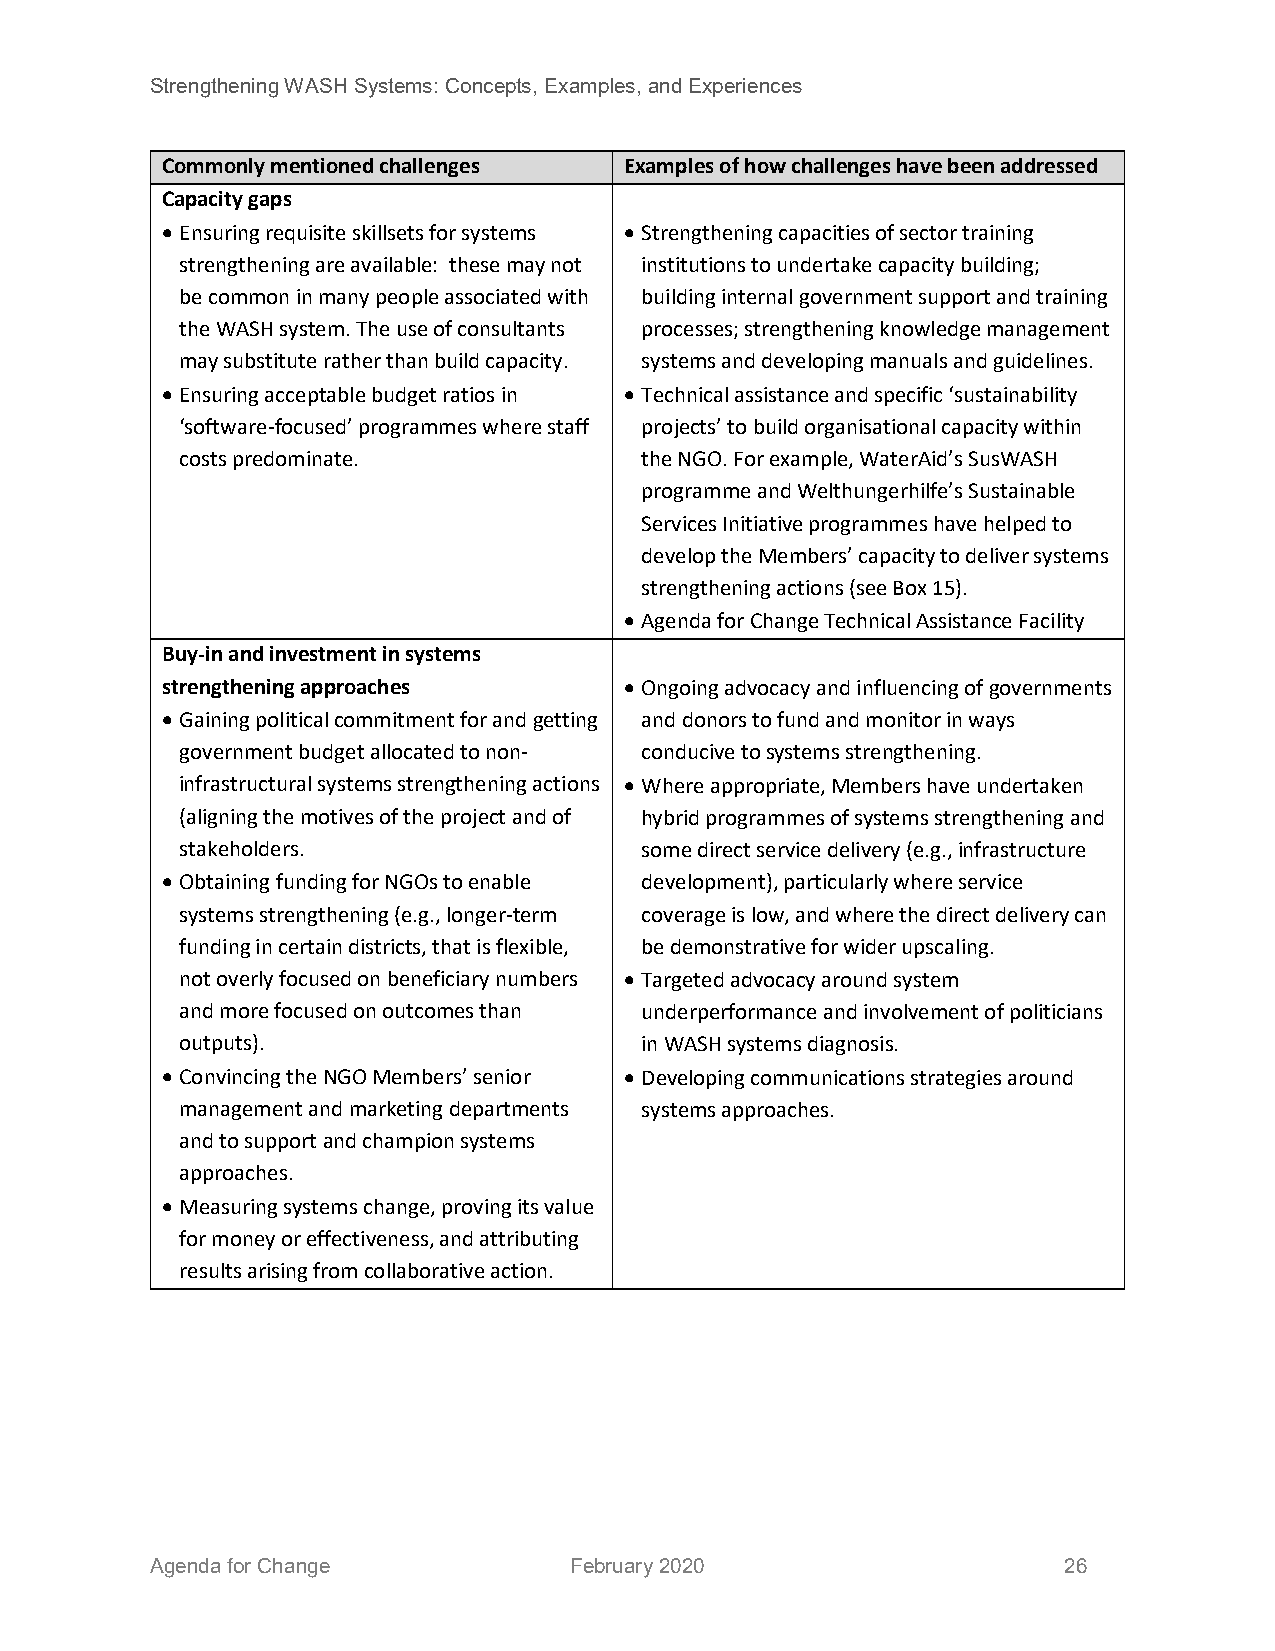
Strengthening WASH Systems: Concepts, Examples, and Experiences
 Commonly mentioned challenges Examples of how challenges have been addressed
 Capacity gaps
 • Ensuring requisite skillsets for systems • Strengthening capacities of sector training
 strengthening are available: these may not institutions to undertake capacity building;
 be common in many people associated with building internal government support and training
 the WASH system. The use of consultants processes; strengthening knowledge management
 may substitute rather than build capacity. systems and developing manuals and guidelines.
 • Ensuring acceptable budget ratios in • Technical assistance and specific ‘sustainability
 ‘software-focused’ programmes where staff projects’ to build organisational capacity within
 costs predominate.            the NGO. For example, WaterAid’s SusWASH
 programme and Welthungerhilfe’s Sustainable
 Services Initiative programmes have helped to
 develop the Members’ capacity to deliver systems
 strengthening actions (see Box 15).
 • Agenda for Change Technical Assistance Facility
 Buy-in and investment in systems
 strengthening approaches      • Ongoing advocacy and influencing of governments
 • Gaining political commitment for and getting and donors to fund and monitor in ways
 government budget allocated to non- conducive to systems strengthening.
 infrastructural systems strengthening actions • Where appropriate, Members have undertaken
 (aligning the motives of the project and of hybrid programmes of systems strengthening and
 stakeholders.                 some direct service delivery (e.g., infrastructure
 • Obtaining funding for NGOs to enable development), particularly where service
 systems strengthening (e.g., longer-term coverage is low, and where the direct delivery can
 funding in certain districts, that is flexible, be demonstrative for wider upscaling.
 not overly focused on beneficiary numbers • Targeted advocacy around system
 and more focused on outcomes than underperformance and involvement of politicians
 outputs).                     in WASH systems diagnosis.
 • Convincing the NGO Members’ senior • Developing communications strategies around
 management and marketing departments systems approaches.
 and to support and champion systems
 approaches.
 • Measuring systems change, proving its value
 for money or effectiveness, and attributing
 results arising from collaborative action.
 Agenda for Change           February 2020                   26